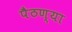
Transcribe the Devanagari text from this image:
पैठण्या